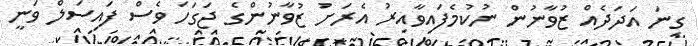
ގިނަ އަދަދެއް ޒުވާނުން ނުކުމެފައިވާއިރު އެރަށު ޒުވާނުންގެ ޖަގަހަ ވެސް ފައިސަލް ވަނީ